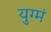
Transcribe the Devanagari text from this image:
युग्मं